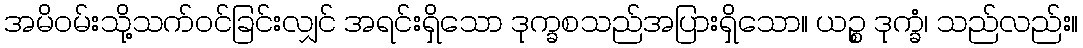
အမိဝမ်းသို့သက်ဝင်ခြင်းလျှင် အရင်းရှိသော ဒုက္ခစသည်အပြားရှိသော။ ယဉ္စ ဒုက္ခံ၊ သည်လည်း။